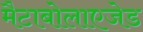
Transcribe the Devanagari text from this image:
मैटाबोलाएजेड